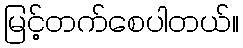
မြင့်တက်စေပါတယ်။